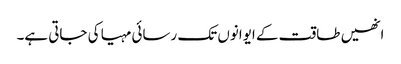
انھیں طاقت کے ایوانوں تک رسائی مہیا کی جاتی ہے۔